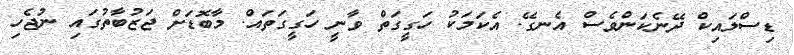
ޑިސްލައިކް ދޭނެކަންވެސް އެނގޭ. އެކަމަކު ހަގީގަތް ވާނީ ހަގީގަތައް. މާބޮޑަށް ޖަޒުބާތުގައި ނުޖެހި